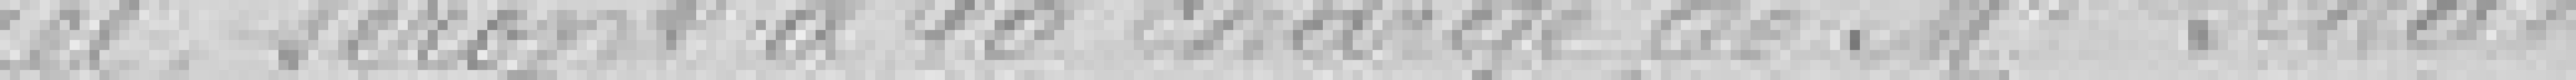
ferrée seront à la charge de monsieur Schad